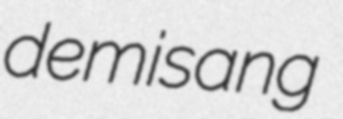
demisang